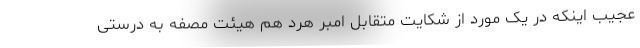
عجیب اینکه در یک مورد از شکایت متقابل امبر هرد هم هیئت مصفه به درستی